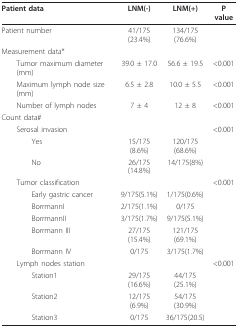
| Patient data | LNM(-) | LNM(+) | P value |
 | --- | --- | --- | --- |
 | Patient number | 41/175(23.4%) | 134/175(76.6%) |  |
 | Measurement data* |  |  |  |
 | Tumor maximum diameter (mm) | 39.0 ± 17.0 | 56.6 ± 19.5 | <0.001 |
 | Maximum lymph node size (mm) | 6.5 ± 2.8 | 10.0 ± 5.5 | <0.001 |
 | Number of lymph nodes | 7 ± 4 | 12 ± 8 | <0.001 |
 | Count data# |  |  |  |
 | Serosal invasion |  |  | <0.001 |
 | Yes | 15/175(8.6%) | 120/175(68.6%) |  |
 | No | 26/175(14.8%) | 14/175(8%) |  |
 | Tumor classification |  |  | <0.001 |
 | Early gastric cancer | 9/175(5.1%) | 1/175(0.6%) |  |
 | BorrmannI | 2/175(1.1%) | 0/175 |  |
 | BorrmannII | 3/175(1.7%) | 9/175(5.1%) |  |
 | Borrmann III | 27/175(15.4%) | 121/175(69.1%) |  |
 | Borrmann IV | 0/175 | 3/175(1.7%) |  |
 | Lymph nodes station |  |  | <0.001 |
 | Station1 | 29/175(16.6%) | 44/175(25.1%) |  |
 | Station2 | 12/175(6.9%) | 54/175(30.9%) |  |
 | Station3 | 0/175 | 36/175(20.5) |  |